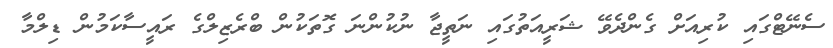
ސެނޭޓްގައި ކުރިއަށް ގެންދެވޭ ޝަރީއަތުގައި ނަތީޖާ ނުކުންނަ ގޮތަކުން ބްރެޒިލްގެ ރައީސާކަމުން ޑިލްމާ